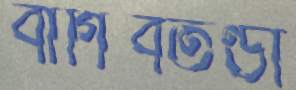
বাগিবতণ্ডা